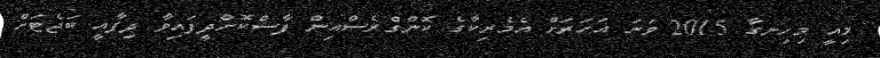
މިއީ މިހިނގާ 2015 ވަނަ އަހަރަށް އެމެރިކާގެ ކޮންގްރެސްއިން ފާސްކޮށްދީފައިވާ ދިފާއީ ބަޖެޓަށް